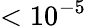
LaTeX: <10^{-5}